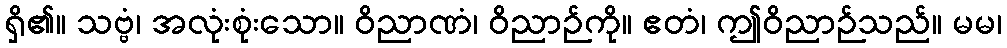
ရှိ၏။ သဗ္ဗံ၊ အလုံးစုံးသော။ ဝိညာဏံ၊ ဝိညာဉ်ကို။ ဧတံ၊ ဤဝိညာဉ်သည်။ မမ၊